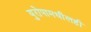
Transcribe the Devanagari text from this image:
युरोपामधीलही